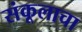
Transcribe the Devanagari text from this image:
संकूलाचा